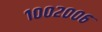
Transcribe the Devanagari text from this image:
१००२००६